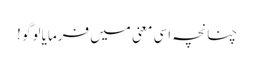
چنانچہ اسی معنی میں فرمایا لوگو !